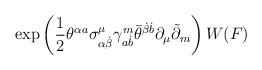
LaTeX: \begin{align*}\exp \left( \frac 12\theta ^{\alpha a}\sigma _{\alpha \dot{\beta}}^\mu\gamma _{a\dot{b}}^m\bar{\theta}^{\dot{\beta}\dot{b}}\partial _\mu \tilde{\partial}_m\right) W(F)\end{align*}